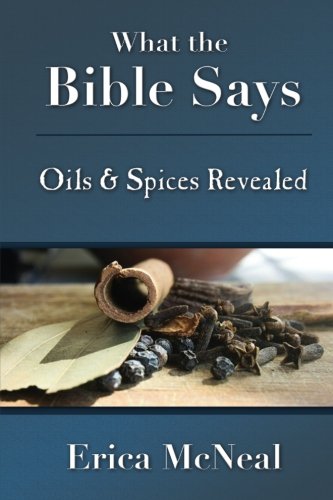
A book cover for What the Bible Says: Oils and Spices Revealed; Erica McNeal; Christian Books & Bibles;